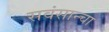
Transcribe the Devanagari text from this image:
सवंसान्चा